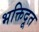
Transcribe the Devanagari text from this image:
भक्तिदूत